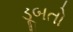
ડૂબતો